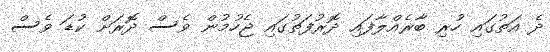
ދެ އަތުގައި ހުރި ބާރެއްލާފައި ދޮރުފަތުގައި ޖެހުމުން ވެސް ދޮރަށް ކުޑަ ވެސް